Punjab Mental Hospital Lahore 1932-46 - 1932-1946
Year: 1932
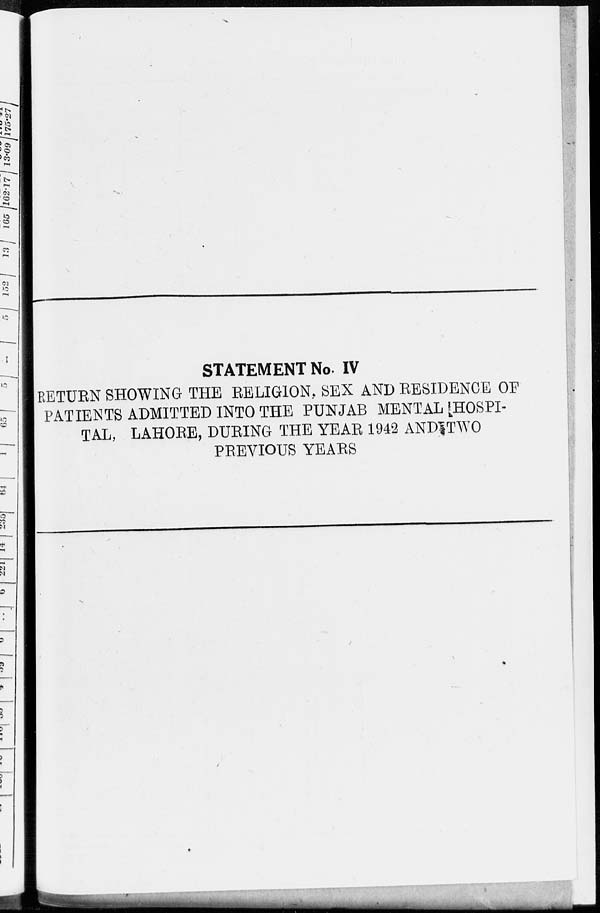
STATEMENT No. IV
RETURN SHOWING THE RELIGION, SEX AND RESIDENCE OF
PATIENTS ADMITTED INTO THE PUNJAB MENTAL HOSPI-
TAL, LAHORE, DURING THE YEAR 1942 AND TWO
PREVIOUS YEARS